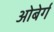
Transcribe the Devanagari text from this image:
ओबेर्ग